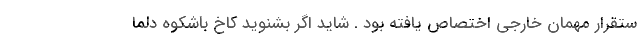
ستقرار مهمان خارجی اختصاص یافته بود . شاید اگر بشنوید کاخ باشکوه دلما